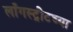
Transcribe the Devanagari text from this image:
लाँगस्ट्रीटच्या